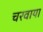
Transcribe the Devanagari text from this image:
चरवाया